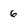
Character: 6